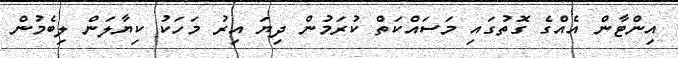
އިންޓާން އެއްގެ ގޮތުގައި މަސައްކަތް ކުރަމުން ދިޔަ އިރު މަހަކު ކިޔާލަން ލިބެމުން